Alphabetical list of drugs, medicines and other preparations free from, and containing, spirit compiled from the results of tests made by the customs houses at Calcutta, Bombay, and Madras
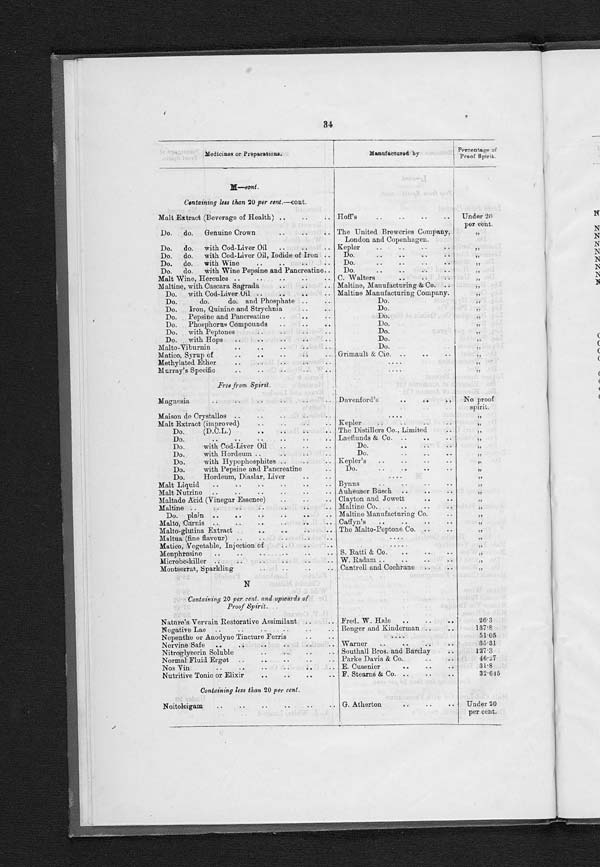
33
Medicines or Preparations.
Manufactured by
Percentage of
Proof Spirit.
L—cont. .
Free from Spirit —cont.
Lime Juice Cordial
..
..
..
..
.. Bernard
..
..
..
..
No proof
Do.
do.
..
..
..
..
.. Rowatt & Co
..
..
..
spirit.
Do,
Purified ..
..
..
..
.. Bernard
..
..
..
..
,,
, ,
Do.
Refined
.. ..
..
..
. W . J. Bush
..
..
, ,
Limetta Cordial
..
..
..
..
.. Montserrat
..
..
..
,,
Liniment Electric
..
..
..
..
.. F. Stearns & Co. ..
.
, ,
Do.
Gineau
..
..
..
..
.. L. Gineau ..
..
..
..
, ,
Do.
Horse and Cattle
..
..
..
..
..
..
, ,
Do.
Universal, Taylor's ..
..
..
....
,,
Liq. Bismuthi et Ammonia Citratis ..
..
.. Southall Bros. and Barclay
..
, ,
Liq. Croci
..
..
.. .. .. ..
Fletcher, Fletcher and Stevenson.
,,
Liq. Ferri Hypophos ..
..
..
..
..
Do.
do.
Liq. Ferri Phos. Co.
..
..
..
..
Do.
, ,
Liq. Hypophos Co., Quinia et Strychnia
..
Do.
do.
,,
Liq. Rhei
..
..
..
..
..
..
Do.
, ,
Liq. Scillæ pro Syrup ..
..
..
..
.. Southall Bros. and Barclay
. .
,,
Liq. Tolutani ..
..
..
..
.. Fletcher, Fletcher and Stevenson.
, ,
Liquid Brown ..
..
..
..
.. Bush & Co.
.
.
..
..
,,
Do. Paint
..
..
..
..
..
Do.
..
..
,,
Do. Preservative
..
..
..
..
.. Stevenson and Howell
..
..
"
Do. Red
..
..
..
..
..
.. W. J. Bush & Co.
..
..
,,
Liquor Arsenici Bromat
..
..
..
.. Ferris & Co. ..
Do. Bismuth et Ammonia Cit
..
.. Howard's ..
..
..
,,
Do. Bismuth et Ammon Cit
..
..
.. Evans and Lescher
..
..
,,
Do. Calcis Hypophos
..
..
..
.. Fletcher, Fletcher and Stevenson.
11
Do. Carnis ..
.. .. .. .. ..
Caffy's
..
..
DI
Do. Chirettanæ
..
..
..
.. Gehe & Co.
..
..
..
,,
Do. Euonymine et Bismuth Co. Oppenheimer's. Do.
..
..
, ,
Do. Ferri Dialysat
..
..
..
..
Barron Harvey
..
..
..
,,
Do. Priming
..
..
..
..
..
..
..
,
Do. Rosar Dulc Ferris
..
..
..
.
..
Lotion
.. .. ..
.
.
.. .. ..
! Dr. Go wla n d's
..
,,
Smith and Stanistreet
..
..
,,
M
Containing
2 0 p e r c e n t .
a n d u p w a r d s o f P r o o f S p i r i t .
Madonal Fothergill's
.. ..
Popular Remedies Manufacturing
1 0 9 . 4
Co.
Magic Curer
..
.. ..
..
..
J. B. Martin
..
..
117.7
Do.
..
..
.
..
.. Leland
..
..
..
121.8
Do.
Health Cordial ..
..
..
.. Parke Davis & Co.
.. ..
23.0
Male Fern Vermifuge
..
..
..
.. Professor o. Phelps Brown
..
27.6
M altine Wine ..
.. .. .. ..
3 2
.
4
Do.
with Coca Wine
.. Maltine Manufacturing Company.
25.0
Do
Wine with Pepsin and .Pancreatine
..
Do.
24.0
Marsala Chianto Ferruginoso
.. ..
Fabrico
Lombarda
Prodolli
28.5
Chimici Milano.
Marza Wine
..
..
..
..
.. Wild & Co.
..
..
..
2 8 . 0
Masonic Bitters ..
..
.. ..
..
.. Dr. Murtz Sobrur
..
..
78.92
Mazzor Vin Tonique
..
..
..
....
3 7 . 4 8
Milk of Roses ..
.. ..
..
..
.. G. F. Coward
..
..
30.26
Mist. Pepsine Co. Opii ..
..
..
..
.. Hewlett's ..
..
..
41.85
Mist. Pepsine Co. Bismuth
..
..
..
..
.. ..
41.85
Mistura Bismuthi Compound, Seller's
..
....
57.28
Do. Gent. Conc. 1 to 7
.. .. ..
.. Southall Bros. and Barclay
62.6
Do.
Stillingiæ Comp. (McDade's)
..
Do.
5 5 . 2
Mixture, McDade's
..
..
..
..
....
45.31
Moonseed Bitters
.. .. .. ..
A. C. Powell & Co.
..
51.4
Containing less than 20 per cent.
Malt Cod-Liver Oil with Pancreatine
..
..
....
Under 20
Do. Cough Balsam, Seigel's
..
..
..
A. J. White. Limited
.. ..
per cent.
9